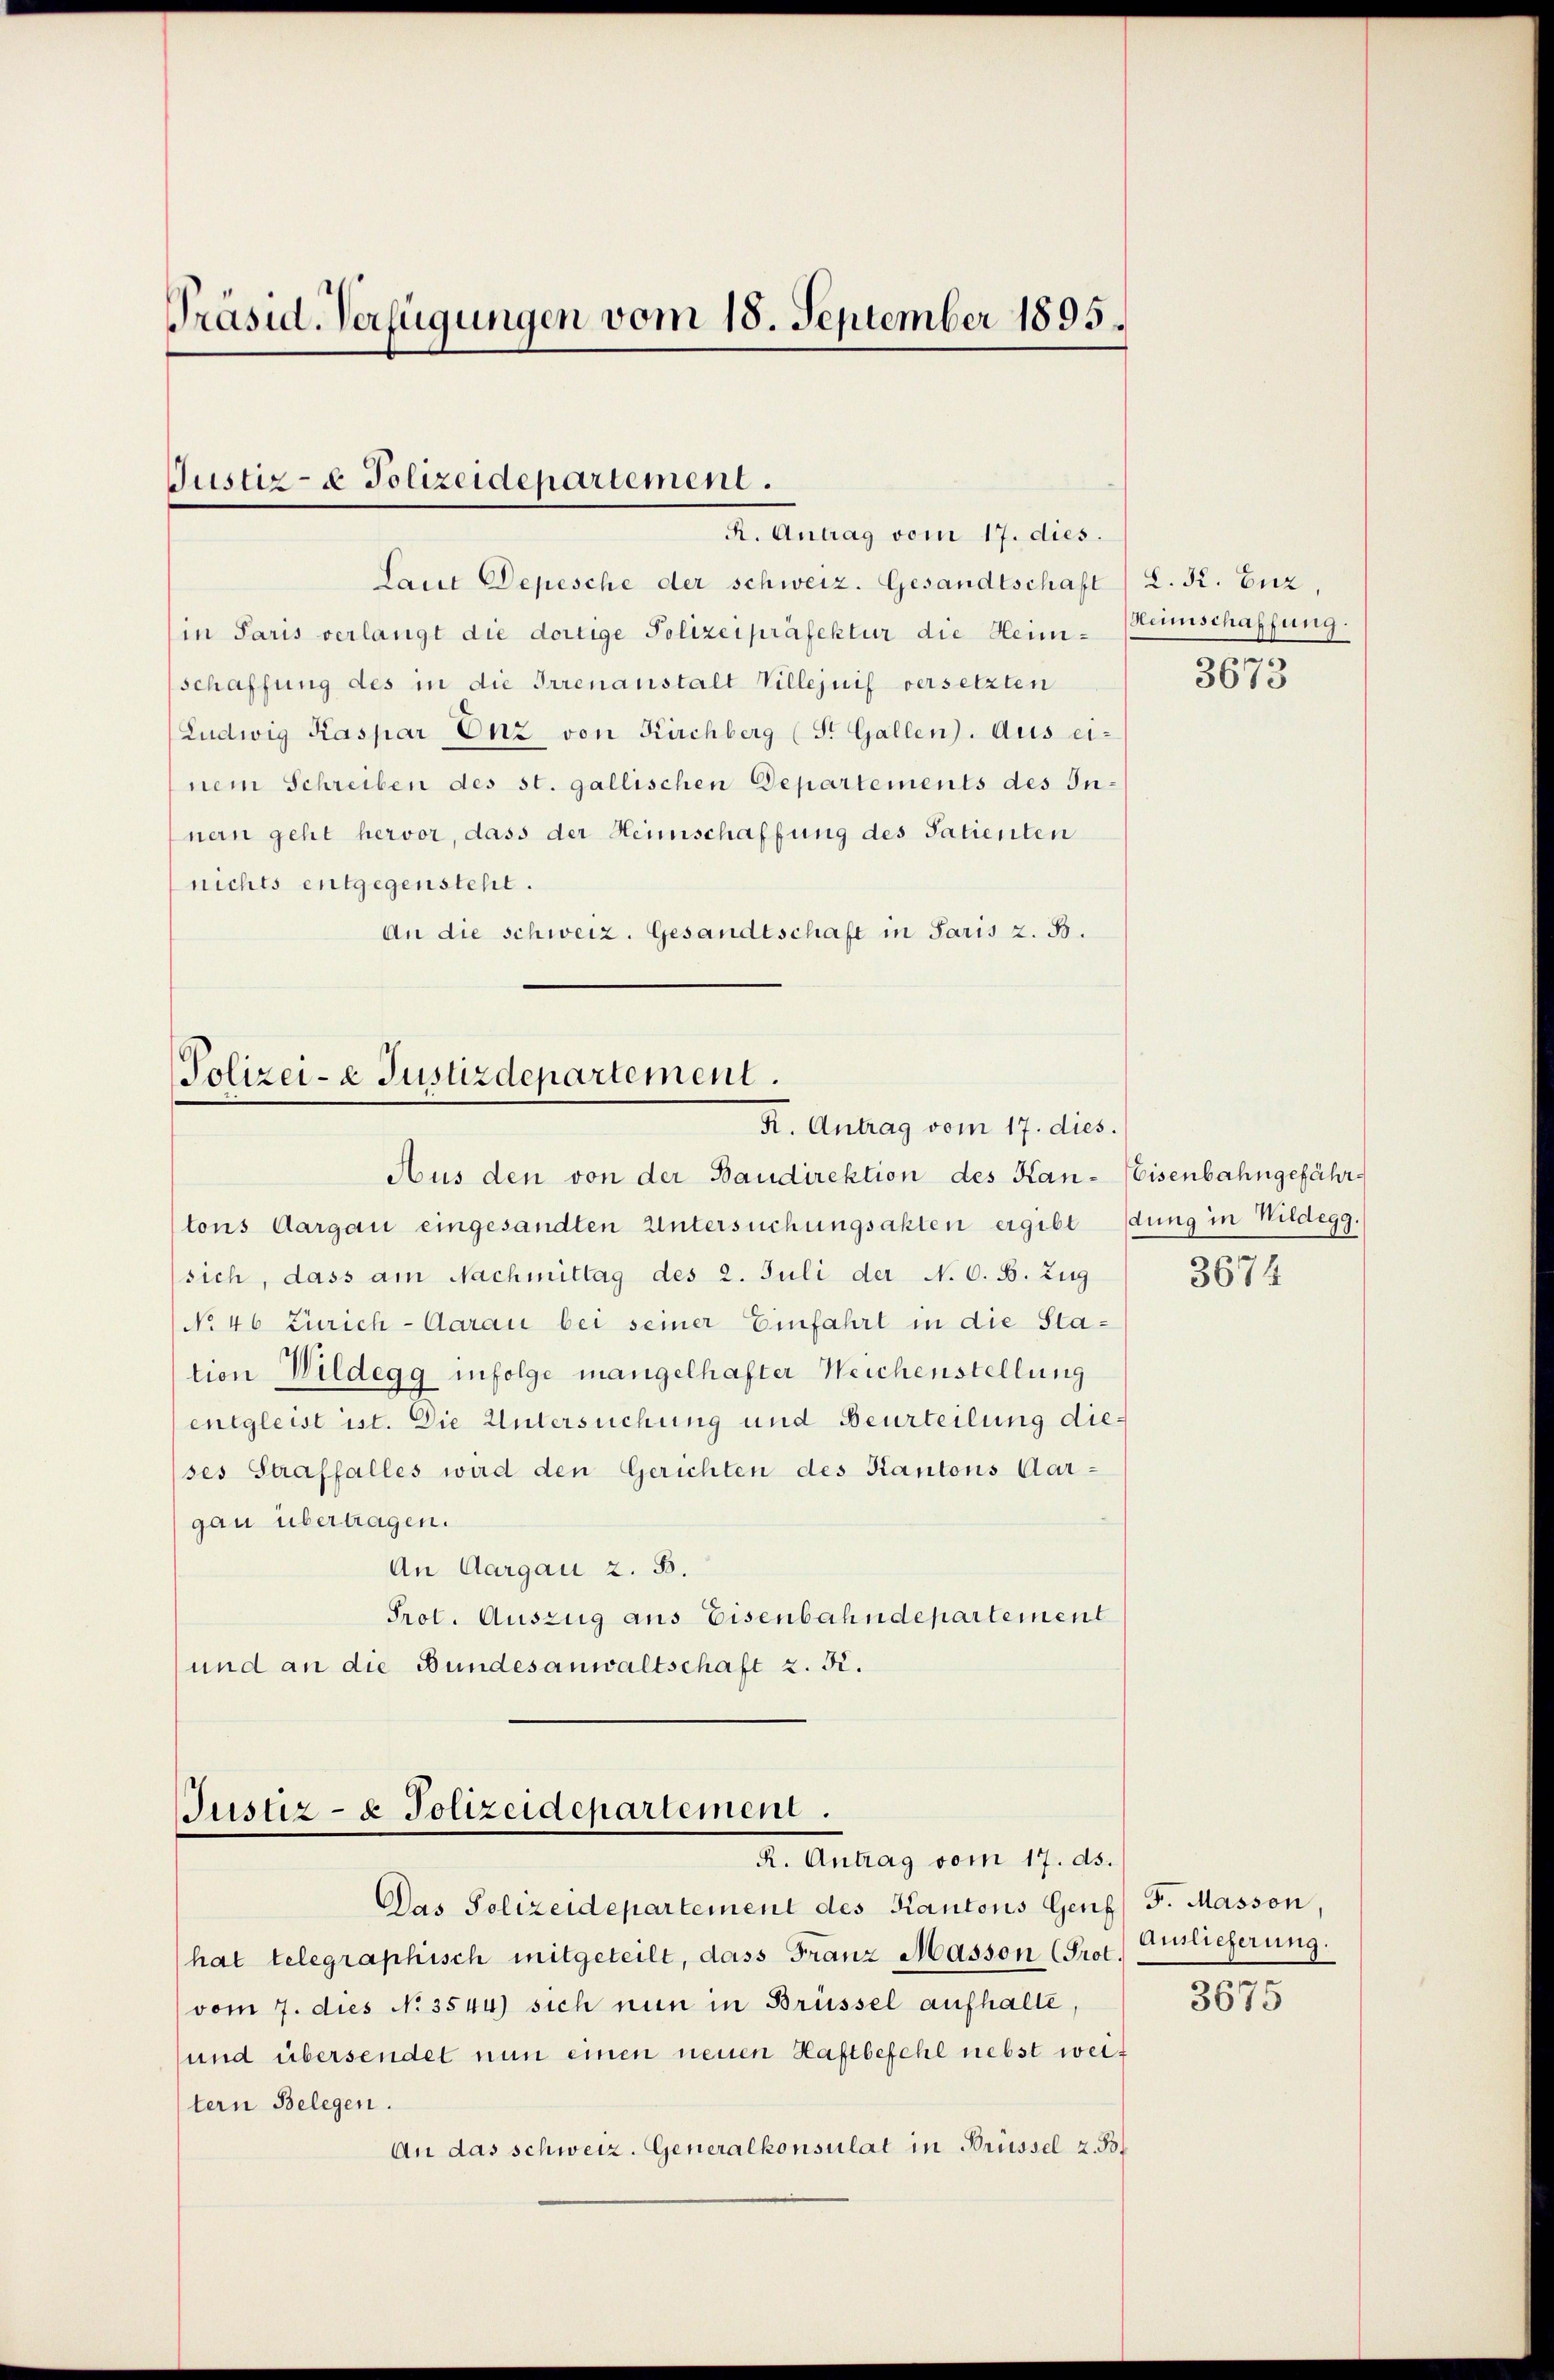
Präsid. Verfügungen vom 18. September 1895.

Justiz- & Polizeidepartement.
R. Antrag vom 17. dies.

Laut Depesche der schweiz. Gesandtschaft
in Paris verlangt die dortige Polizeipräfektur die Heimschaffung des in die Irrenanstalt Villejuif versetzten
Ludwig Kaspar Enz von Kirchberg (S. Gallen. Aus einem Schreiben des st. gallischen Departements des In-
nern geht hervor, dass der Heimschaffung des Patienten
nichts entgegensteht.
An die schweiz. Gesandtschaft in Paris z. B.

Polizei-e Justizdepartement.
K. Antrag vom 17. dies.

Justiz- & Polizeidepartement.
R. Antrag vom 17. ds.

Aus den von der Baudirektion des Han-Eisenbahngefährtons Aargau eingesandten Untersuchungsakten ergibt dung in Wildegg.
sich, dass am Nachmittag des 2. Juli der N. O. S. Zug
No 46 Zürich-Aarau bei seiner Einfahrt in die Station Wildegg infolge mangelhafter Weichenstellung
entgleist ist. Die Untersuchung und Beurteilung dieses Straffalles wird den Gerichten des Kantons Aar-
gau übertragen.
An Aargau z. B.
Prot. Auszug aus Eisenbahndepartement
und an die Bundesanwaltschaft z. R.

Das Polizeidepartement des Kantons Genf, F. Masson,
hat telegraphisch mitgeteilt, dass Franz Masson (Prot. Auslieferung.
vom 7. dies No 3544) sich nun in Brüssel aufhalte,
und übersendet nun einen neuen Haftbefehl nebst weit
tern Belegen.
An das schweiz. Generalkonsulat in Brüssel z. B.

d. R. Euz,
Heimschaffung.

3673

3674

3675